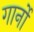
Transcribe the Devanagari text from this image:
गार्नो